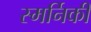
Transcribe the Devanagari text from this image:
स्मर्निकी